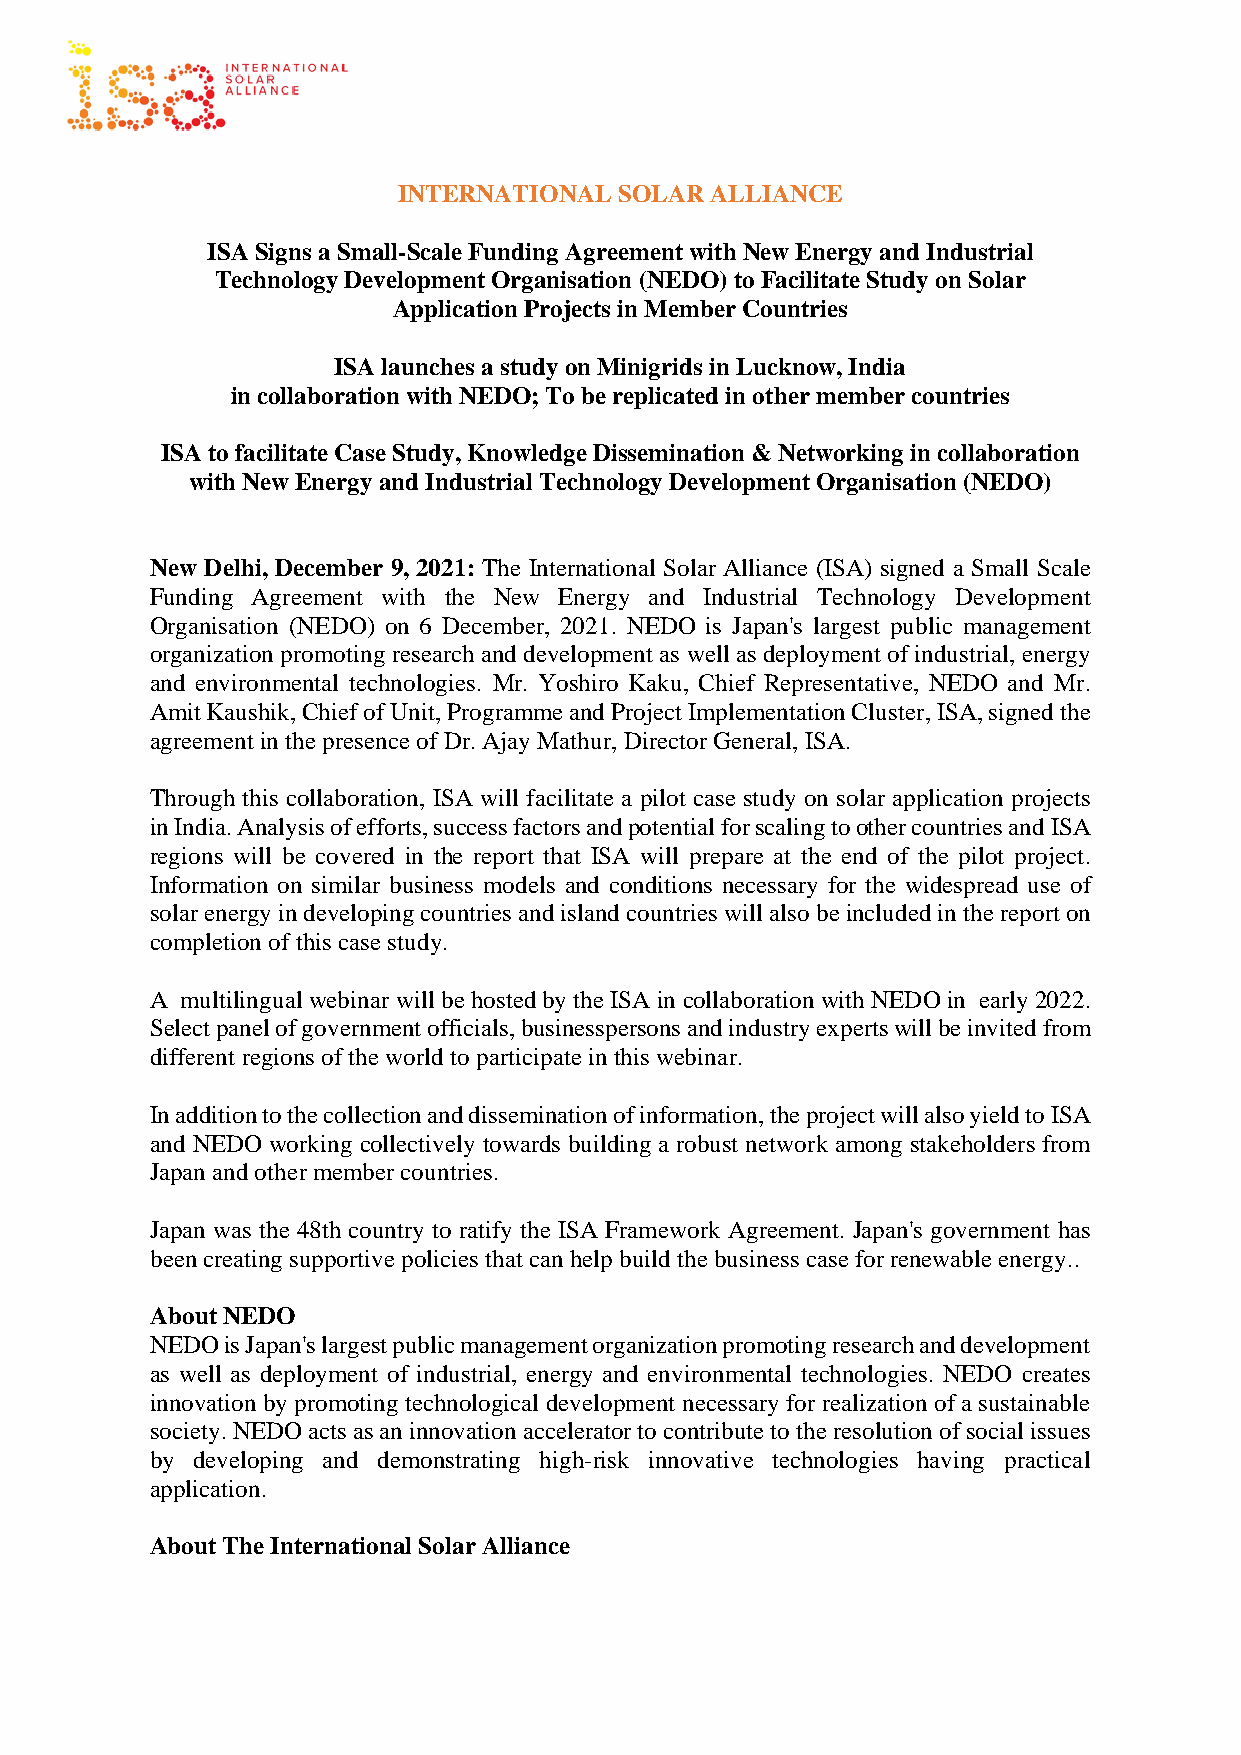
INTERNATIONAL  SOLAR ALLIANCE
 ISA Signs a Small-Scale Funding Agreement with New Energy and Industrial
 Technology Development Organisation (NEDO) to Facilitate Study on Solar
 Application Projects in Member Countries
 ISA launches a study on Minigrids in Lucknow, India
 in collaboration with NEDO; To be replicated in other member countries
 ISA to facilitate Case Study, Knowledge Dissemination & Networking in collaboration
 with New Energy and Industrial Technology Development Organisation (NEDO)
 New Delhi, December 9, 2021: The International Solar Alliance (ISA) signed a Small Scale
 Funding Agreement with the New Energy and Industrial Technology Development
 Organisation (NEDO) on 6 December, 2021. NEDO is Japan's largest public management
 organization promoting research and development as well as deployment of industrial, energy
 and environmental technologies. Mr. Yoshiro Kaku, Chief Representative, NEDO and Mr.
 Amit Kaushik, Chief of Unit, Programme and Project Implementation Cluster, ISA, signed the
 agreement in the presence of Dr. Ajay Mathur, Director General, ISA.
 Through this collaboration, ISA will facilitate a pilot case study on solar application projects
 in India. Analysis of efforts, success factors and potential for scaling to other countries and ISA
 regions will be covered in the report that ISA will prepare at the end of the pilot project.
 Information on similar business models and conditions necessary for the widespread use of
 solar energy in developing countries and island countries will also be included in the report on
 completion of this case study.
 A multilingual webinar will be hosted by the ISA in collaboration with NEDO in early 2022.
 Select panel of government officials, businesspersons and industry experts will be invited from
 different regions of the world to participate in this webinar.
 In addition to the collection and dissemination of information, the project will also yield to ISA
 and NEDO working collectively towards building a robust network among stakeholders from
 Japan and other member countries.
 Japan was the 48th country to ratify the ISA Framework Agreement. Japan's government has
 been creating supportive policies that can help build the business case for renewable energy..
 About NEDO
 NEDO is Japan's largest public management organization promoting research and development
 as well as deployment of industrial, energy and environmental technologies. NEDO creates
 innovation by promoting technological development necessary for realization of a sustainable
 society. NEDO acts as an innovation accelerator to contribute to the resolution of social issues
 by developing and demonstrating high-risk innovative technologies having practical
 application.
 About The International Solar Alliance